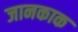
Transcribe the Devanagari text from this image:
जानकाक